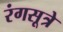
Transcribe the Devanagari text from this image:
रंगसूत्रे